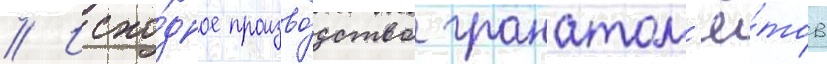
// Исхо́дное произво́дство гранатом'ё́тов